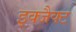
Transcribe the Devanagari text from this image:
इक्जैक्ट